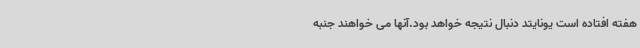
هفته افتاده است یونایتد دنبال نتیجه خواهد بود.آنها می خواهند جنبه